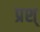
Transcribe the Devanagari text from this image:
प्रश्